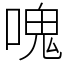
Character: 𠺌